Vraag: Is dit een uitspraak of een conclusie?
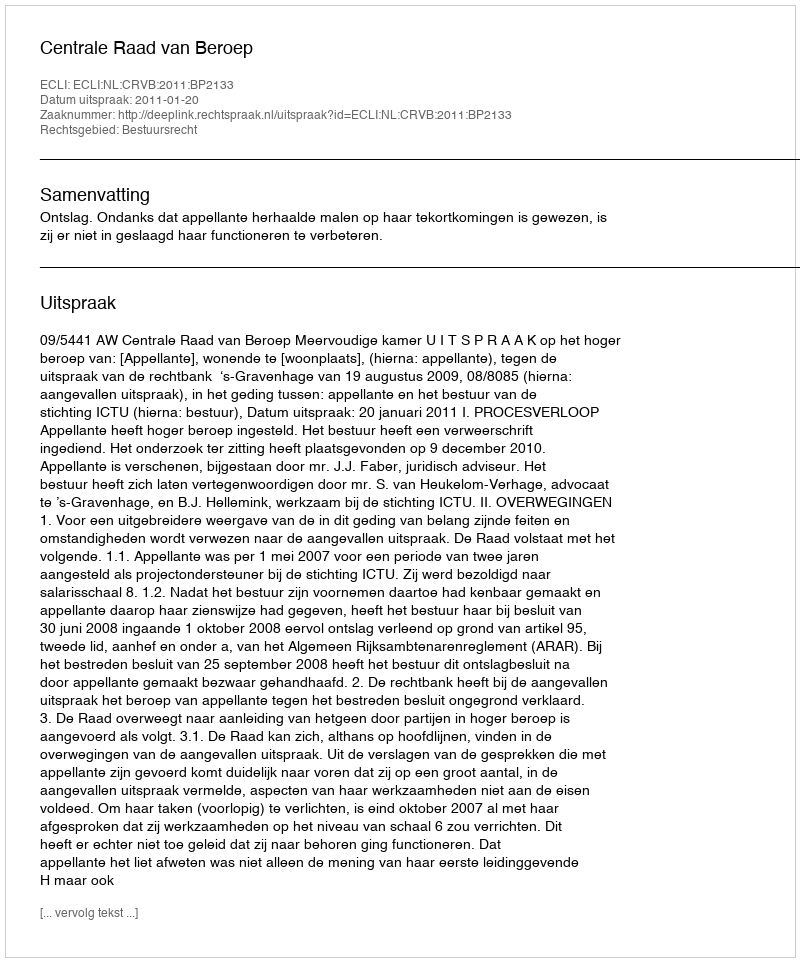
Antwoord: Uitspraak